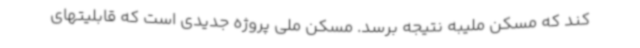
کند که مسکن ملیبه نتیجه برسد. مسکن ملی پروژه جدیدی است که قابلیتهای